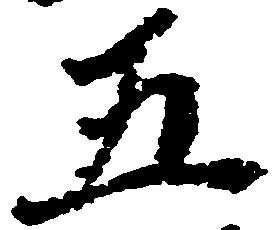
五